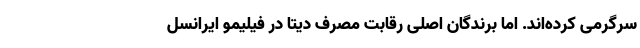
سرگرمی کرده‌اند. اما برندگان اصلی رقابت مصرف دیتا در فیلیمو ایرانسل